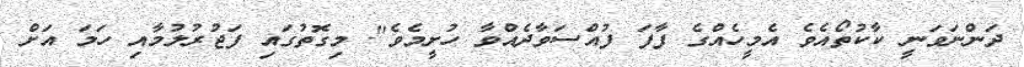
ދަންނަވަނީ ކާކުތޯއެވެ އެމީހެއްގެ ފާފަ ފުއްސަވާދެއްވާ ހުށީމެވެ". މިގޮތުގައި ފަޖުރުލުމާއި ހަމަ އަށް